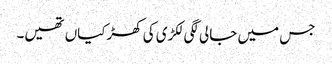
جس میں جالی لگی لکڑی کی کھڑکیاں تھیں۔